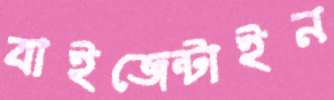
বাইজেন্টাইন